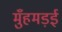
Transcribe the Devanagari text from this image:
मुँहमड़ई